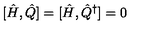
[ \hat { H } , \hat { Q } ] = [ \hat { H } , \hat { Q } ^ { \dagger } ] = 0